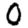
Digit: 0